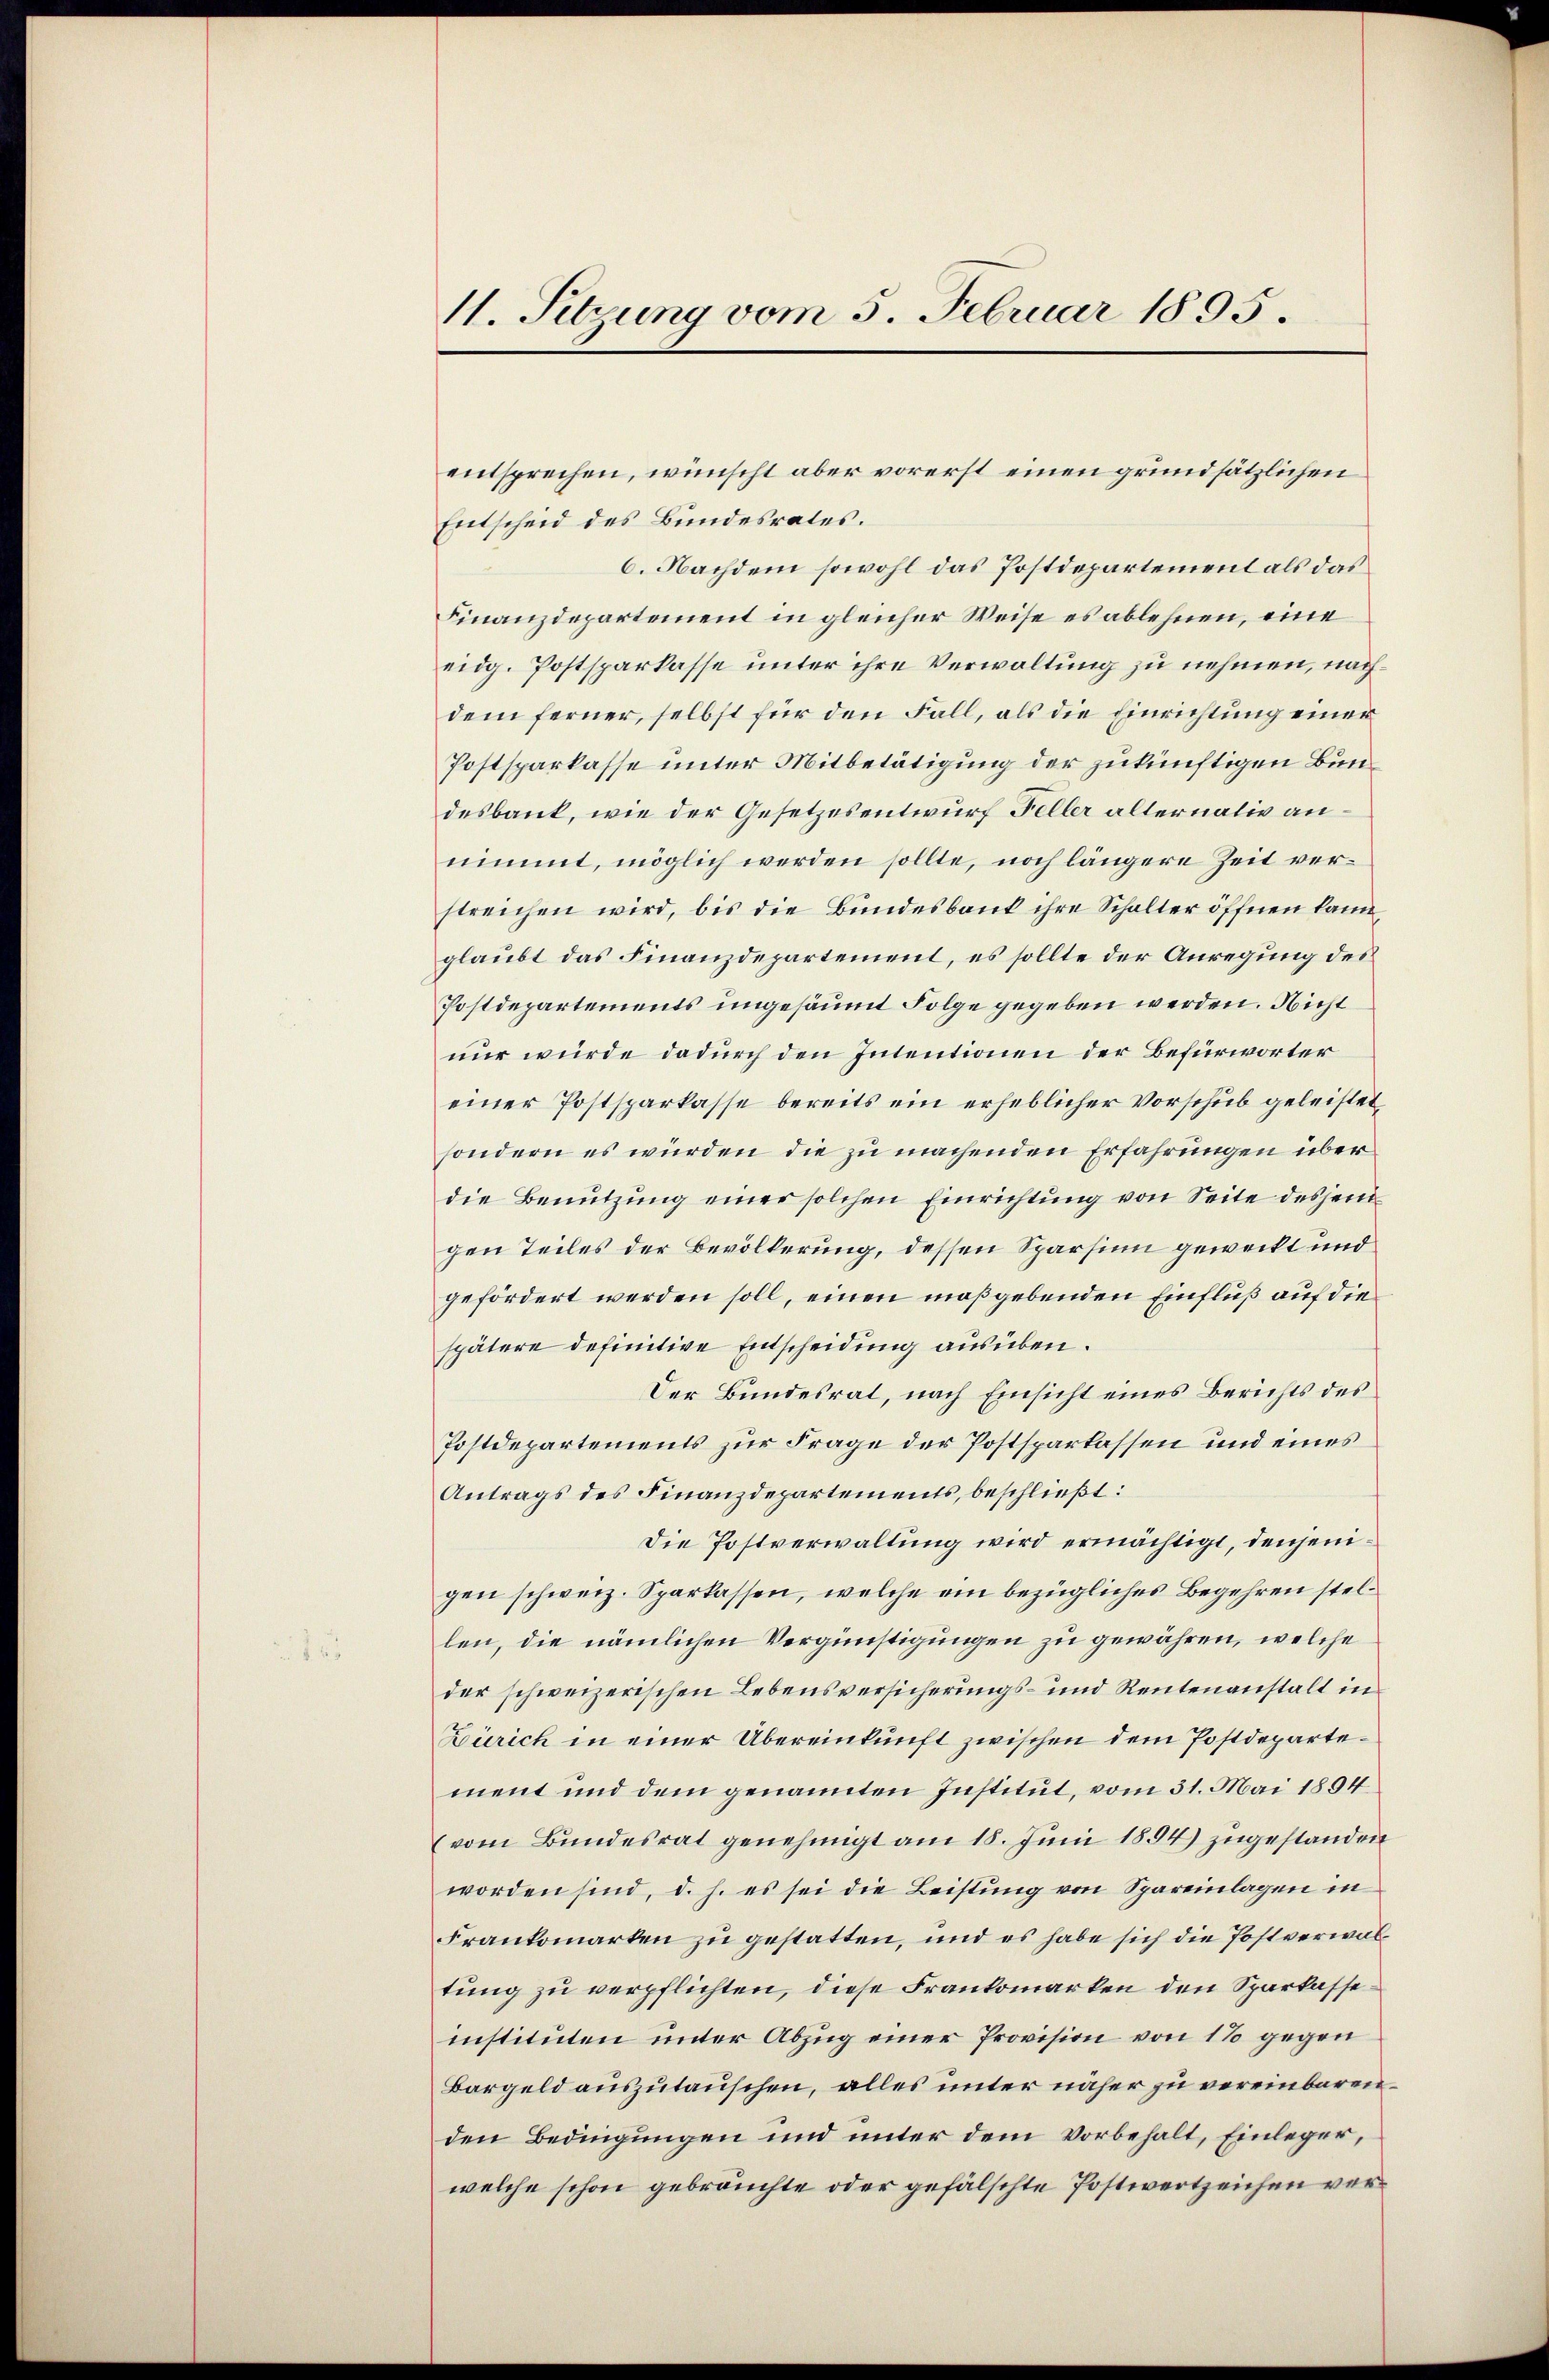
11. Setzung vom 5. Februar 1895.

Entscheid des Bundesrates.
6. Nachdem sowohl das Postdepartement als das
Finanzdepartement in gleicher Weise es ablehnen, eine
eidg. Postsparkasse unter ihre Verwaltung zu nehmen, nachdem ferner, selbst für den Fall, als die Einrichtung einer
Postsparkasse unter Mitbetätigung der zukünftigen Bundesbank, wie der Gesetzesentwurf Feller alternativ annimmt, möglich werden sollte, noch längere Zeit verstreichen wird, bis die Bundesbaut ihre Schalter öffnen kann,
glaubt das Finanzdepartement, es sollte der Anregung des
Postdepartements ungesäumt Folge gegeben werden. Nicht
nur würde dadurch den Intentionen der Befürworter
einer Postsparkasse bereits ein erheblicher Vorschub geleistet
sondern es würden die zu machenden Erfahrungen überdie Benutzung einer solchen Einrichtung von Seite desjeni
gen Teiles der Bevölkerung, dessen Sparsinn geweckt und
gefördert werden soll, einen maßgebenden Einfluß auf die
spätere definitive Entscheidung ausüben.
Der Bundesrat, nach Einsicht eines Berichts des
Postdepartements zur Frage der Postsparkassen und eines
Antrags des Finanzdepartements, beschließt:
Die Postverwaltung wird ermächtigt, denjenigen schweiz. Sparkassen, welche ein bezügliches Begehren stellen, die nämlichen Vergünstigungen zu gewähren, welche
der schweizerischen Lebensversicherungs- und Rentenanstalt in
Zürich in einer Übereinkunft zwischen dem Postdepartement und dem genannten Institut, vom 31. Mai 1894
(vom Bundesrat genehmigt am 18. Juni 1894) zugestanden
worden sind, d. h. es sei die Leistung von Spareinlagen in
Frankomarken zu gestatten, und es habe sich die Postverwaltung zu verpflichten, diese Frankomarken den Sparkasseinstituten unter Abzug einer Provision von 1% gegen
Bargeld auszutauschen, alles unter näher zu vereinbarenden Bedingungen und unter dem Vorbehalt, Einleger,
welche schon gebrauchte oder gefälschte Postwertzeichen ver¬

entsprechen, wünscht aber vorerst einen grundsätzlichen